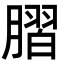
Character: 䐲